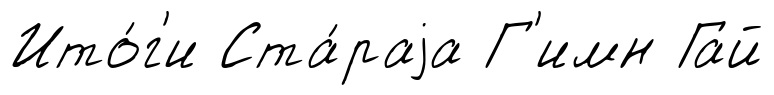
Ито́г'и Ста́раjа Г'имн Гай